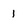
Character: 1